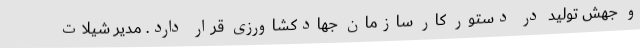
و جهش تولید در دستور کار سازمان جهادکشاورزی قرار دارد. مدیر شیلات